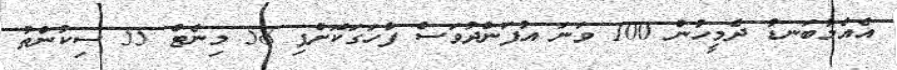
އެއްމާބަނޑު ދެމީހުން 100 ވަނަ އުފަންދުވަސް ފާހަގަކޮށްފި 58 މިނެޓް 55 ސިކުންތު